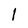
Character: l